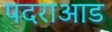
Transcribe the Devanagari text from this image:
पदराआड